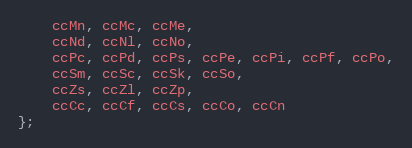
Language: C
	ccMn, ccMc, ccMe,
	ccNd, ccNl, ccNo,
	ccPc, ccPd, ccPs, ccPe, ccPi, ccPf, ccPo,
	ccSm, ccSc, ccSk, ccSo,
	ccZs, ccZl, ccZp,
	ccCc, ccCf, ccCs, ccCo, ccCn
};